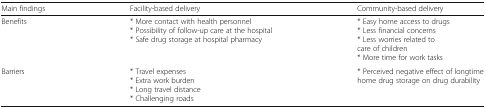
| Main findings | Facility-based delivery | Community-based delivery |
 | --- | --- | --- |
 | Benefits | * More contact with health personnel* Possibility of follow-up care at the hospital* Safe drug storage at hospital pharmacy | * Easy home access to drugs* Less financial concerns* Less worries related tocare of children* More time for work tasks |
 | Barriers | * Travel expenses* Extra work burden* Long travel distance* Challenging roads | * Perceived negative effect of longtime home drug storage on drug durability |